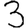
Digit: 3